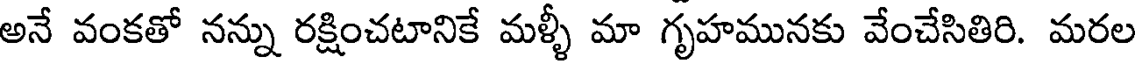
అనే వంకతో నన్ను రక్షించటానికే మళ్ళీ మా గృహమునకు వేంచేసితిరి. మరల